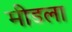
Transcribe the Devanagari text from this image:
मीडला